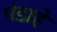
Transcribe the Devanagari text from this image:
पंडाहे